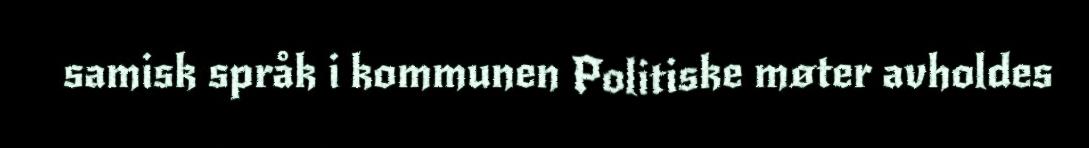
samisk språk i kommunen Politiske møter avholdes